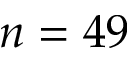
n = 4 9